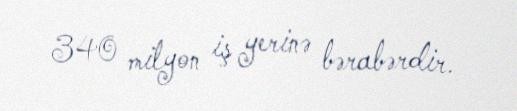
340 milyon iş yerinə bərabərdir.